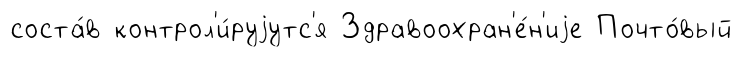
соста́в контрол'и́руjутс'я Здравоохран'е́н'иjе Почто́вый